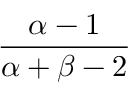
\frac { \alpha - 1 } { \alpha + \beta - 2 }